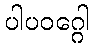
ပါပဝဂ္ဂေါ